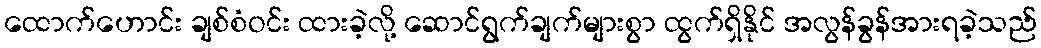
ထောက်ဟောင်း ချစ်စံဝင်း ထားခဲ့လို့ ဆောင်ရွက်ချက်များစွာ ထွက်ရှိနိုင် အလွန်ခွန်အားရခဲ့သည်